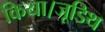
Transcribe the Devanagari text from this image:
किया।जूडिथ